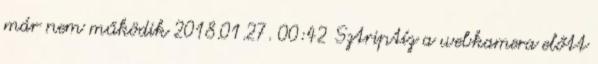
már nem működik 2018.01.27. 00:42 Sztriptíz a webkamera előtt